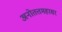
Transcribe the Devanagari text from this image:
अनोतत्तमहासर